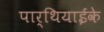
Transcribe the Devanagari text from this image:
पार्थियाईके